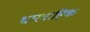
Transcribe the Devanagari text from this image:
धारवाहिक